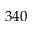
3 4 0